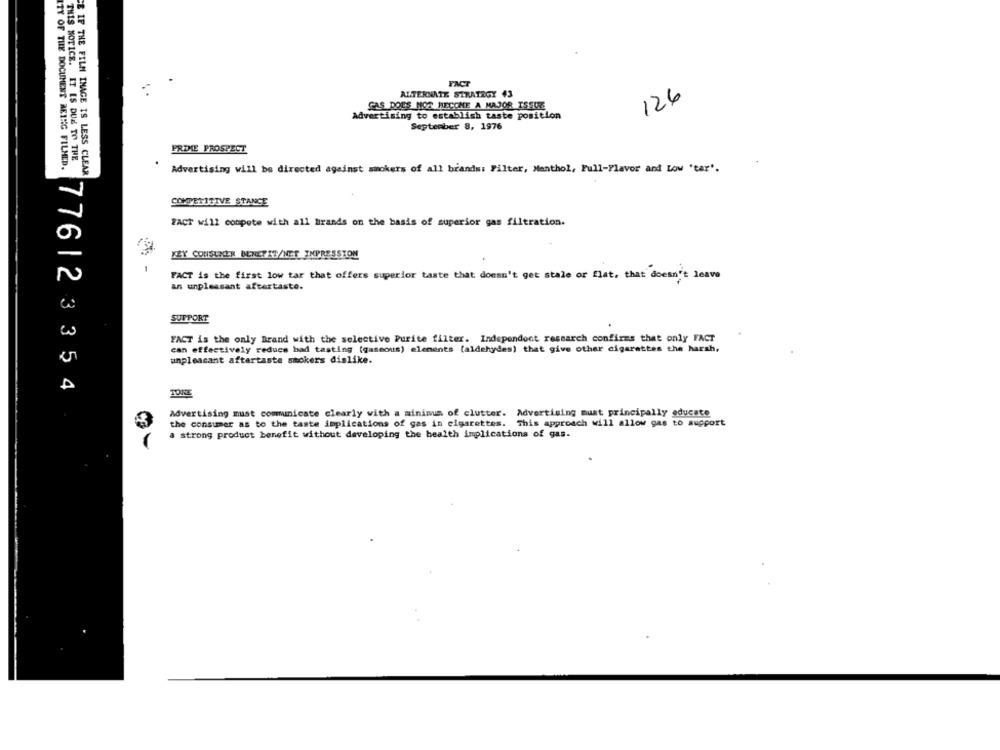
FACT
ALTERNATE STRATEGY 43
126
CAS DOES NOT BECCHE A MAJOR ISSUE
Advertising to establish taste position
September 8, 1976
FRIME PROSPECT
THIS NOTICE. IT IS DUE TO THE
ITY OF THE DOCUMENT BEING FILMED.
CE IF THE FILM IMAGE IS LESS CLEAR
Advertising will be directed against smokers of all brands: Filter, Menthol, Full-Flavor and Low 'tar'.
COMPETITIVE STANCE
FACT will compete with all brands on the basis of superior gas filtration.
LLY CONSUNER BENETIT/NET IMPRESSION
FACT is the first low tar that offers superior taste that doesn't get stale or flat, that doesn't leave
an unpleasant aftertaste.
SUPPORT
FACT is the only Brand with the selective Purite filter. Independent research confirms that only FACT
can effectively redues bad tasting (gaseous) elements (aldehydes) that give other cigarettes the harsh.
unpleasant aftartaste smokers dislike.
7761 23354
TONE
Advertising must communicate clearly with a minimum of clutter. Advertising must principally educate
the consumer as to the taste implications of gas in cigarettes. This approach will allow gas to support
a strong product benefit without developing the health implications of gas.